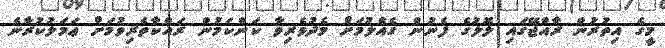
މީގެ އިތުރުން ރާއްޖޭގައި ލޮލުގެ ފެނުން ގެއްލުމަށް މެދުވެރިވާ ކަންކަމުން ރައްކާތެރިވުމަށް ޢަމަލުކުރާނެ